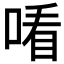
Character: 𠸦